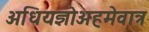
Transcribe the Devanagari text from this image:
अधियज्ञोअहमेवात्र